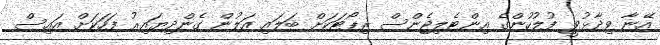
އޭނާ ވިދާޅުވީ ފުލުހުންގެ އިންޓެލިޖެންސް ރިޕޯޓަކަށް ބަލައި އަލުން ގެންދިޔައިރު ފަހަކަށް އައިސް